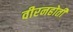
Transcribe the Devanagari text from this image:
वीरनहोती